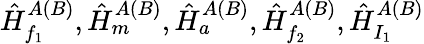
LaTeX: \hat{H}_{f_{1}}^{A(B)},\hat{H}_{m}^{A(B)},\hat{H}_{a}^{A(B)},\hat{H}_{f_{2}}^{A(B)},\hat{H}_{I_{1}}^{A(B)}